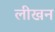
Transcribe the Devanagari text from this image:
लीखन